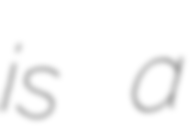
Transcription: is a